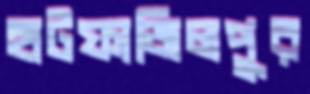
হাটফাজিলপুর